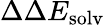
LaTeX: \Delta\Delta E_{\mathrm{solv}}